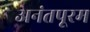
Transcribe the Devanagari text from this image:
अनंतपूरम